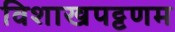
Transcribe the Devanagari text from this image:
विशाखपट्टणम